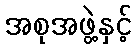
အစုအဖွဲ့နှင့်